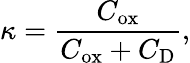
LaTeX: \kappa={\frac{C_{\mathrm{ox}}}{C_{\mathrm{ox}}+C_{\mathrm{D}}}},